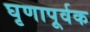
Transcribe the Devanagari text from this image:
घृणापूर्वक